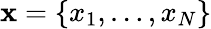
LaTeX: \mathbf x=\{ x_{1},\dots,x_{N}\}